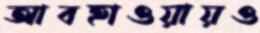
আবহাওয়ায়ও